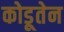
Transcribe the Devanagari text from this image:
कोडूतेन